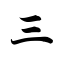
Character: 三